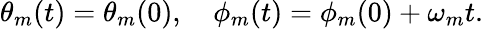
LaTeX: \theta_{m}(t)=\theta_{m}(0),\quad\phi_{m}(t)=\phi_{m}(0)+\omega_{m}t.